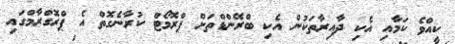
ކީއްވެ ކަމާއި އެކި ދާއިރާތަކުން އެކި ބްރޭންޑްތަށް ޕްރޮމޯޓް ކުރާނެގޮތް އެ ޕްރޮގްރާމްގައި